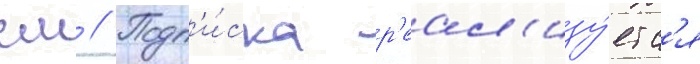
см // Подп'и́ска р'еал'изу́етс'я